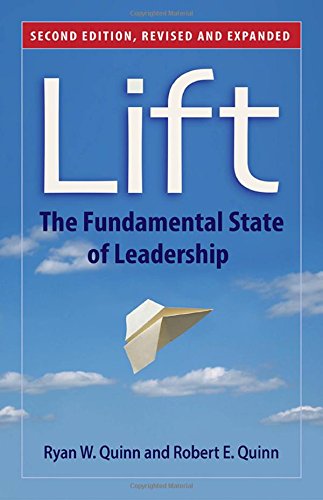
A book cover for Lift: The Fundamental State of Leadership; Ryan W. Quinn; Medical Books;